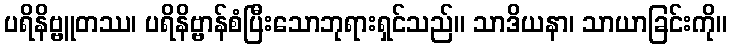
ပရိနိဗ္ဗူတဿ၊ ပရိနိဗ္ဗာန်စံပြီးသောဘုရားရှင်သည်။ သာဒိယနာ၊ သာယာခြင်းကို။